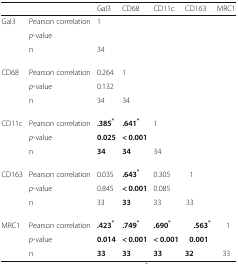
| <COLSPAN=2>  | Gal3 | CD68 | CD11c | CD163 | MRC1 |
 | --- | --- | --- | --- | --- | --- | --- |
 | <ROWSPAN=3> Gal3 | Pearson correlation | 1 |  |  |  |  |
 | p-value |  |  |  |  |  |
 | n | 34 |  |  |  |  |
 | <ROWSPAN=3> CD68 | Pearson correlation | 0.264 | 1 |  |  |  |
 | p-value | 0.132 |  |  |  |  |
 | n | 34 | 34 |  |  |  |
 | <ROWSPAN=3> CD11c | Pearson correlation | .385* | .641* | 1 |  |  |
 | p-value | 0.025 | < 0.001 |  |  |  |
 | n | 34 | 34 | 34 |  |  |
 | <ROWSPAN=3> CD163 | Pearson correlation | 0.035 | .643* | 0.305 | 1 |  |
 | p-value | 0.845 | < 0.001 | 0.085 |  |  |
 | n | 33 | 33 | 33 | 33 |  |
 | <ROWSPAN=3> MRC1 | Pearson correlation | .423* | .749* | .690* | .563* | 1 |
 | p-value | 0.014 | < 0.001 | < 0.001 | 0.001 |  |
 | n | 33 | 33 | 33 | 32 | 33 |